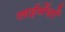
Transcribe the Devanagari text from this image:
लाईसेंसों